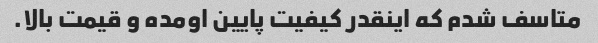
متاسف شدم که اینقدر کیفیت پایین اومده و قیمت بالا.